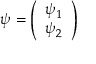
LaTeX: \psi = \left( \begin{array} { c } { { \psi _ { 1 } } } \\ { { \psi _ { 2 } } } \end{array} \right)